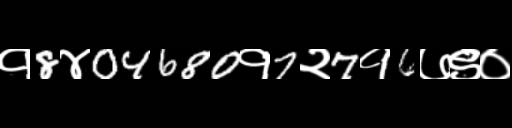
Text: १8४04680१7२7१6७९०